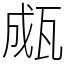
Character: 㼩